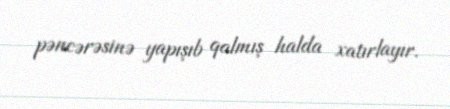
pəncərəsinə yapışıb qalmış halda xatırlayır.